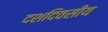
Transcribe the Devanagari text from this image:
दशदिवसीय